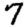
Digit: 7